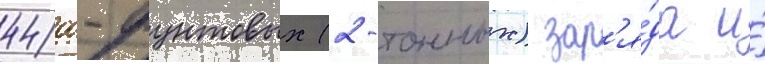
4400-фунтовых (2-тонных) зар'я́да и́